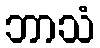
ဘာသံ